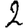
Digit: 2